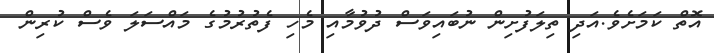
އޮތް ކަމަށެވެ.އަދި ތިލަފުށިން ނުބައިވަސް ދުވުމާއި މެހި ފެތުރުމުގެ މައްސަލަ ވެސް ކުރިން